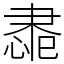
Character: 䏋